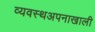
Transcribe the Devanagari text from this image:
व्यवस्थअपनाखाली